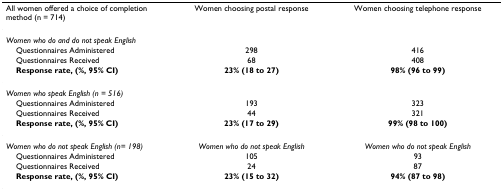
<table><thead><tr><td><b>All women offered a choice of completion method (n = 714)</b></td><td><b>Women choosing postal response</b></td><td><b>Women choosing telephone response</b></td></tr></thead><tbody><tr><td><i>Women who do and do not speak English</i></td><td></td><td></td></tr><tr><td> Questionnaires Administered</td><td>298</td><td>416</td></tr><tr><td> Questionnaires Received</td><td>68</td><td>408</td></tr><tr><td> <b>Response rate, (%, 95% CI)</b></td><td><b>23% (18 to 27)</b></td><td><b>98% (96 to 99)</b></td></tr><tr><td><i>Women who speak English (n = 516)</i></td><td></td><td></td></tr><tr><td> Questionnaires Administered</td><td>193</td><td>323</td></tr><tr><td> Questionnaires Received</td><td>44</td><td>321</td></tr><tr><td> <b>Response rate, (%, 95% CI)</b></td><td><b>23% (17 to 29)</b></td><td><b>99% (98 to 100)</b></td></tr><tr><td><i>Women who do not speak English (n= 198)</i></td><td><i>Women who do not speak English</i></td><td><i>Women who do not speak English</i></td></tr><tr><td> Questionnaires Administered</td><td>105</td><td>93</td></tr><tr><td> Questionnaires Received</td><td>24</td><td>87</td></tr><tr><td> <b>Response rate, (%, 95% CI)</b></td><td><b>23% (15 to 32)</b></td><td><b>94% (87 to 98)</b></td></tr></tbody></table>